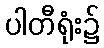
ပါတီရုံး၌